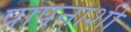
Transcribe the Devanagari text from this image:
पापनाशी